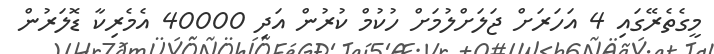
މީގެތެރޭގައި 4 އަހަރަށް ޖަލަށްލުމަށް ހުކުމް ކުރުން އަދި 40000 އެމެރިކާ ޑޮލަރުން